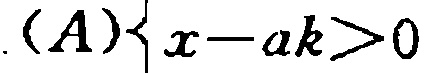
$(A)\left\{\begin{array}{l}x - ak>0\end{array}\right.$